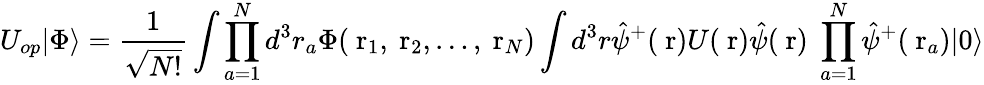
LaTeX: U_{op}|\Phi\rangle=\frac{1}{\sqrt{N!}}\int\prod_{a=1}^{N}d^{3}r_{a}\Phi(\mathrm{\mathbf~r}_{1},\mathrm{\mathbf~r}_{2},\dots,\mathrm{\mathbf~r}_{N})\int d^{3}r\hat{\psi}^{+}(\mathrm{\mathbf~r})U(\mathrm{\mathbf~r})\hat{\psi}(\mathrm{\mathbf~r})\; \prod_{a=1}^{N}\hat{\psi}^{+}(\mathrm{\mathbf~r}_{a})|0\rangle